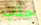
جذب